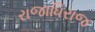
રાજાધિરાજ